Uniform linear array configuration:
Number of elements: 12
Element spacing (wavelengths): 1
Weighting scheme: exponential
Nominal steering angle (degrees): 15
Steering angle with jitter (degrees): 14.042
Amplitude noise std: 0.05
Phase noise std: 0.05

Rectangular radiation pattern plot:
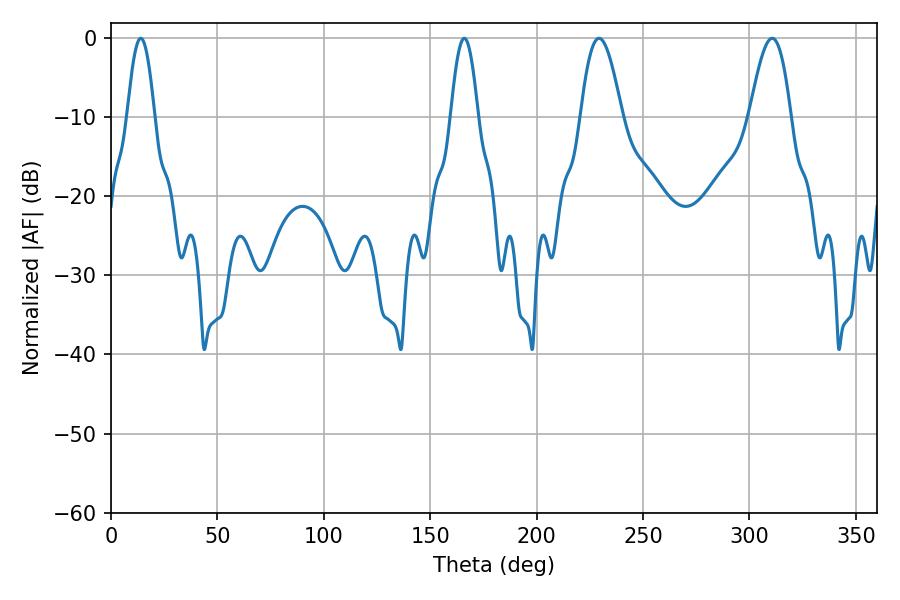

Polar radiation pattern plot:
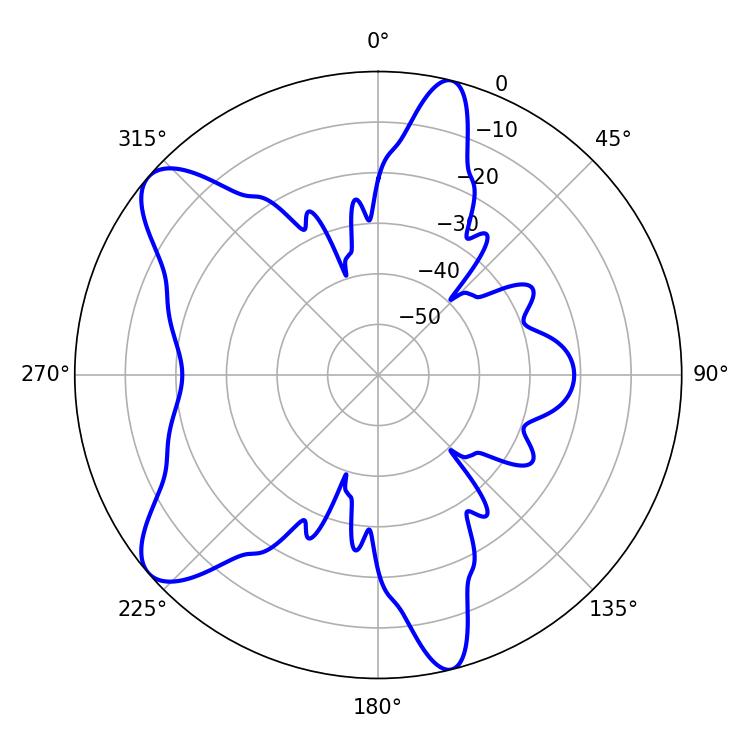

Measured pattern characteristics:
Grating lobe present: TRUE
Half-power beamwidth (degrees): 10.44
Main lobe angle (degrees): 229.32